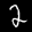
Label: 2